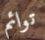
توائم